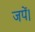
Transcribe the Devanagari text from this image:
जपें।